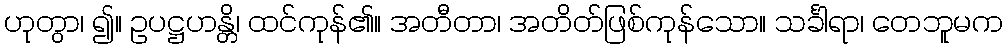
ဟုတွာ၊ ၍။ ဥပဋ္ဌဟန္တိ၊ ထင်ကုန်၏။ အတီတာ၊ အတိတ်ဖြစ်ကုန်သော။ သင်္ခါရာ၊ တေဘူမက